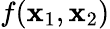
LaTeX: f(\mathbf{x}_{1},\mathbf{x}_{2})